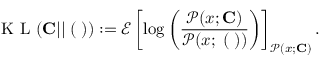
\mathrm { ~ K ~ L ~ } ( { \bf C } | | { \bf \Xi } ( { \bf \Lambda } ) ) : = \mathcal { E } \left[ \log \left( \frac { \mathcal { P } ( x ; { \bf C } ) } { \mathcal { P } ( x ; { \bf \Xi } ( { \bf \Lambda } ) ) } \right) \right] _ { \mathcal { P } ( x ; { \bf C } ) } .